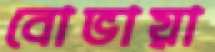
বোভায়া